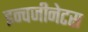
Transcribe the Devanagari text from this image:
इन्वजीनेटस